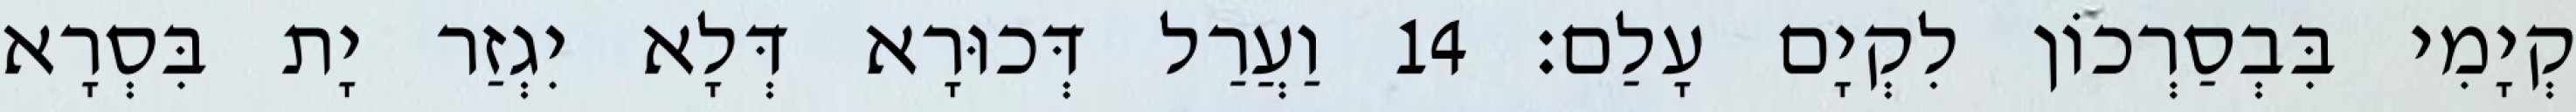
קְיָמִי בִּבְסַרְכוֹן לִקְיָם עָלַם׃ 14 וַעֲרַל דְּכוּרָא דְּלָא יִגְזַר יָת בִּסְרָא